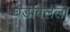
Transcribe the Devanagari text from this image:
घडविलेला